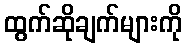
ထွက်ဆိုချက်များကို